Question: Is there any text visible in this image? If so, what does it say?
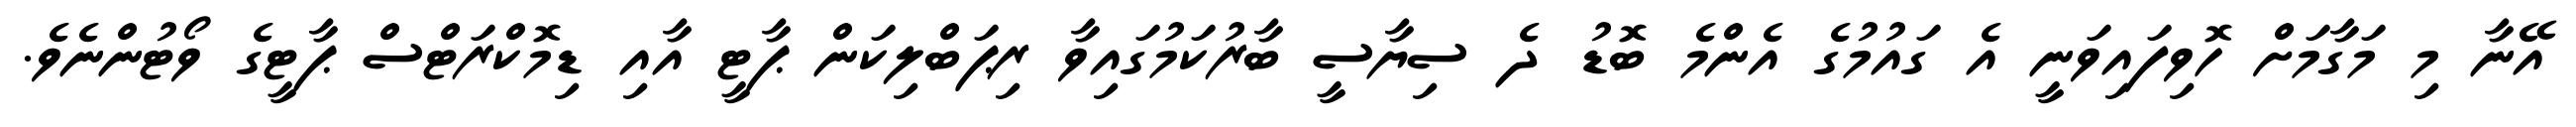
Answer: އޭނާ މި މަގާމަށް ހޮވިފައިވަނީ އެ ގައުމުގެ އެންމެ ބޮޑު ދެ ސިޔާސީ ބާރުކަމުގައިވާ ރިޕަބްލިކަން ޕާޓީ އާއި ޑިމޮކްރަޓްސް ޕާޓީގެ ވޯޓުންނެވެ.